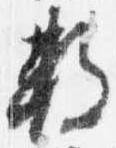
数